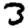
Digit: 3